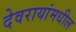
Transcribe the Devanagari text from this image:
देवरायांमधील